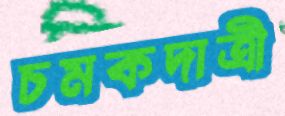
চমকদাত্রী